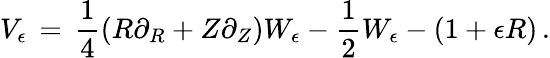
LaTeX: V_{\epsilon}\, =\, \frac 14(R\partial_{R}+Z\partial_{Z})W_{\epsilon}-\frac 12W_{\epsilon}-(1+\epsilon R)\, .